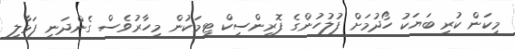
މިކަން ކުރި ބަޔަކު ހޯދުމަށް ފުލުހުންގެ ފޮރިންސިކް ޓީމަކުން މިހާރުވެސް ގެންދަނީ ފަޅާލި